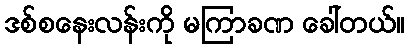
ဒစ်စနေးလန်းကို မကြာခဏ ခေါ်တယ်။